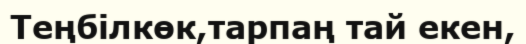
Теңбілкөк,тарпаң тай екен,